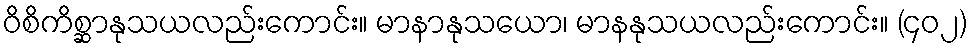
ဝိစိကိစ္ဆာနုသယလည်းကောင်း။ မာနာနုသယော၊ မာနနုသယလည်းကောင်း။ (၄၀၂)